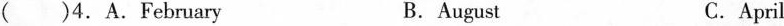
( )4.A.February B.August C.April